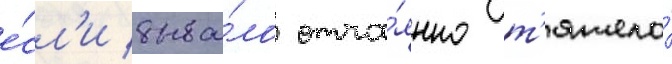
е́сл'и быва́ло отча́янно т'яжело́